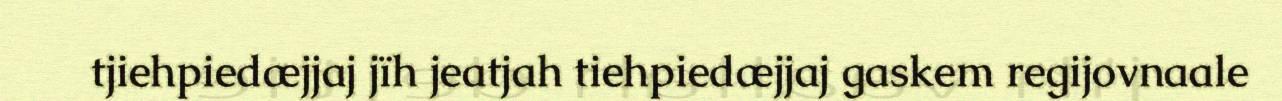
tjiehpiedæjjaj jïh jeatjah tiehpiedæjjaj gaskem regijovnaale